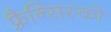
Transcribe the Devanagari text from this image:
फ़्रैन्सिस्को